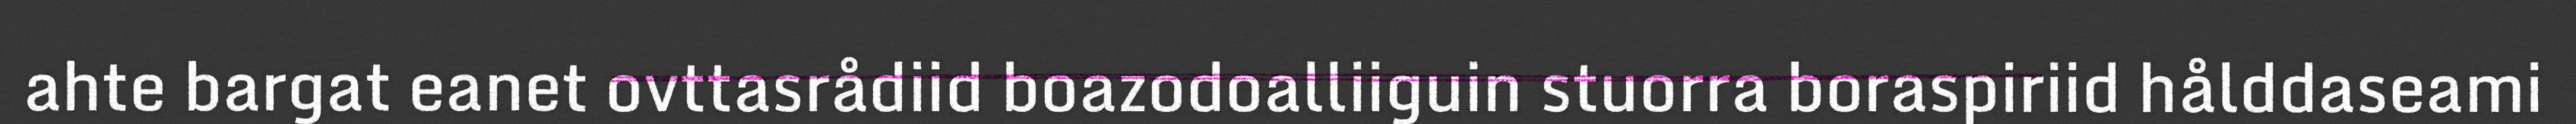
ahte bargat eanet ovttasrådiid boazodoalliiguin stuorra boraspiriid hålddaseami